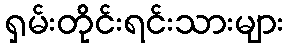
ရှမ်းတိုင်းရင်းသားများ